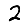
Digit: 2